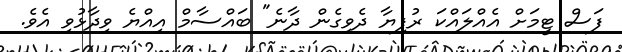
ފަސް ޓީމަށް އެއްލައްކަ ރުފިޔާ ދެވިގެން ދާނެ" ބައްސާމް އިއްޔެ ވިދާޅުވި އެވެ.